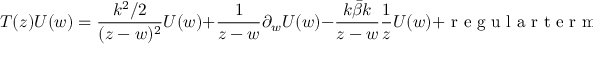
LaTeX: T ( z ) U ( w ) = \frac { k ^ { 2 } / 2 } { ( z - w ) ^ { 2 } } U ( w ) + \frac { 1 } { z - w } \partial _ { w } U ( w ) - \frac { k \bar { \beta } k } { z - w } \frac { 1 } { z } U ( w ) + \textrm { r e g u l a r t e r m } .